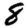
Digit: 8